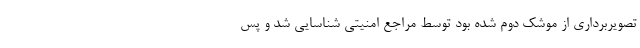
تصویربرداری از موشک دوم شده بود توسط مراجع امنیتی شناسایی شد و پس